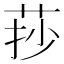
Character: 莏